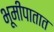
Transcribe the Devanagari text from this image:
भूमीपातात